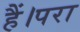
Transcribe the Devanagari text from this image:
हैं।परा